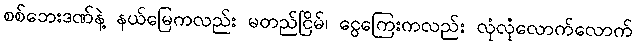
စစ်ဘေးဒဏ်နဲ့ နယ်မြေကလည်း မတည်ငြိမ်၊ ငွေကြေးကလည်း လုံလုံလောက်လောက်